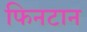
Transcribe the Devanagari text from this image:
फिनटान